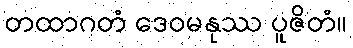
တထာဂတံ ဒေဝမနုဿ ပူဇိတံ။